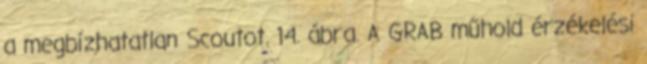
a megbízhatatlan Scoutot. 14. ábra. A GRAB műhold érzékelési